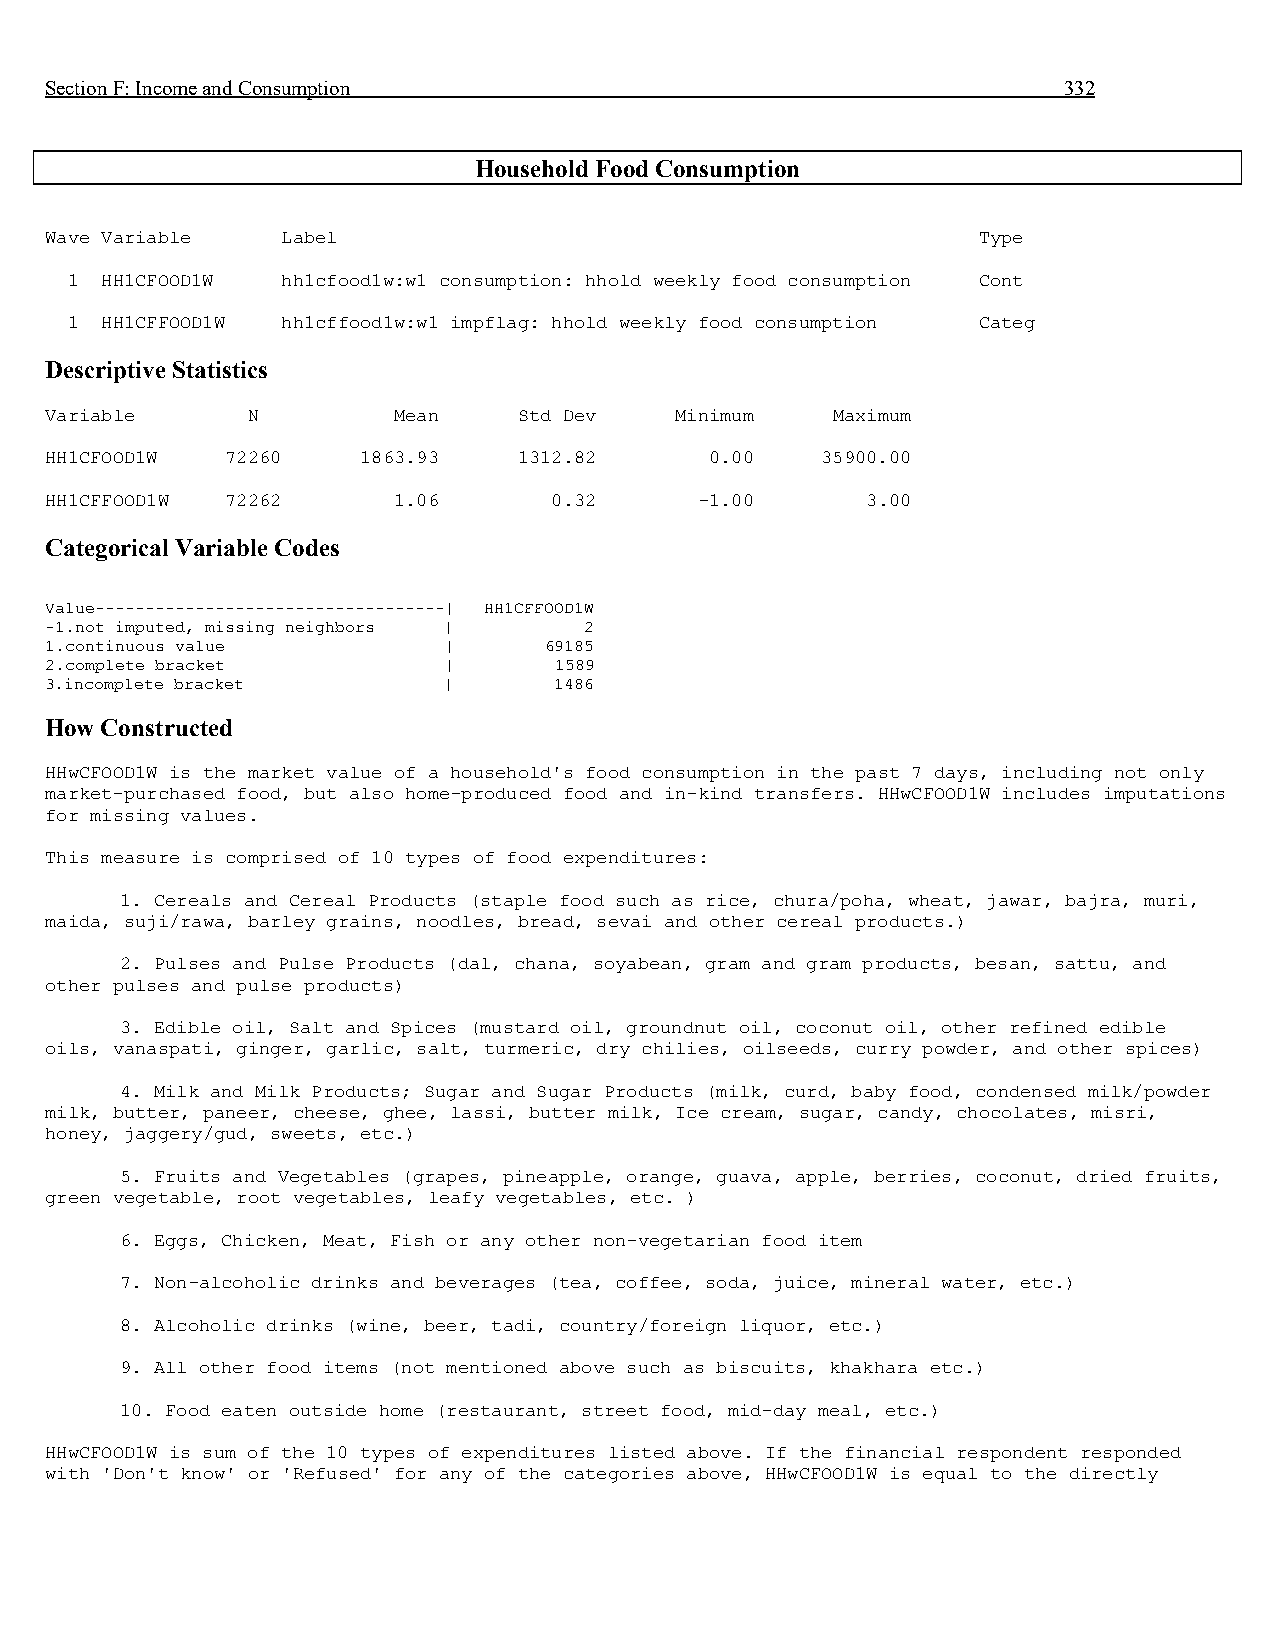
Section F: Income and Consumption                                  332
 Household Food Consumption
 Wave Variable   Label                                         Type
 1  HH1CFOOD1W  hh1cfood1w:w1 consumption: hhold weekly food consumption Cont
 1  HH1CFFOOD1W hh1cffood1w:w1 impflag: hhold weekly food consumption Categ
 Descriptive Statistics
 Variable     N         Mean    Std Dev    Minimum   Maximum
 HH1CFOOD1W  72260    1863.93   1312.82      0.00   35900.00
 HH1CFFOOD1W 72262      1.06      0.32      -1.00      3.00
 Categorical Variable Codes
 Value-----------------------------------| HH1CFFOOD1W
 -1.not imputed, missing neighbors | 2
 1.continuous value        |      69185
 2.complete bracket        |       1589
 3.incomplete bracket      |       1486
 How Constructed
 HHwCFOOD1W is the market value of a household's food consumption in the past 7 days, including not only
 market-purchased food, but also home-produced food and in-kind transfers. HHwCFOOD1W includes imputations
 for missing values.
 This measure is comprised of 10 types of food expenditures:
 1. Cereals and Cereal Products (staple food such as rice, chura/poha, wheat, jawar, bajra, muri,
 maida, suji/rawa, barley grains, noodles, bread, sevai and other cereal products.)
 2. Pulses and Pulse Products (dal, chana, soyabean, gram and gram products, besan, sattu, and
 other pulses and pulse products)
 3. Edible oil, Salt and Spices (mustard oil, groundnut oil, coconut oil, other refined edible
 oils, vanaspati, ginger, garlic, salt, turmeric, dry chilies, oilseeds, curry powder, and other spices)
 4. Milk and Milk Products; Sugar and Sugar Products (milk, curd, baby food, condensed milk/powder
 milk, butter, paneer, cheese, ghee, lassi, butter milk, Ice cream, sugar, candy, chocolates, misri,
 honey, jaggery/gud, sweets, etc.)
 5. Fruits and Vegetables (grapes, pineapple, orange, guava, apple, berries, coconut, dried fruits,
 green vegetable, root vegetables, leafy vegetables, etc. )
 6. Eggs, Chicken, Meat, Fish or any other non-vegetarian food item
 7. Non-alcoholic drinks and beverages (tea, coffee, soda, juice, mineral water, etc.)
 8. Alcoholic drinks (wine, beer, tadi, country/foreign liquor, etc.)
 9. All other food items (not mentioned above such as biscuits, khakhara etc.)
 10. Food eaten outside home (restaurant, street food, mid-day meal, etc.)
 HHwCFOOD1W is sum of the 10 types of expenditures listed above. If the financial respondent responded
 with 'Don't know' or 'Refused' for any of the categories above, HHwCFOOD1W is equal to the directly